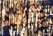
بعد